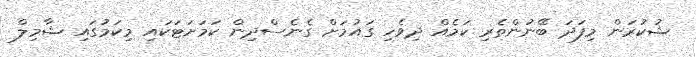
ޝުކުރަން މިފަދަ ބޭނުންތެރި ކަމެއް ދިވެހި ގައުމަށް ގެނެސްދިން ކަމަށަޓަކައި މިކަމުގައި ޝާމިލް